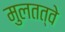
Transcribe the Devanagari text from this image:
मुलतत्वे